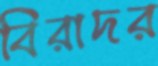
বিরাদর